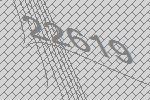
22619